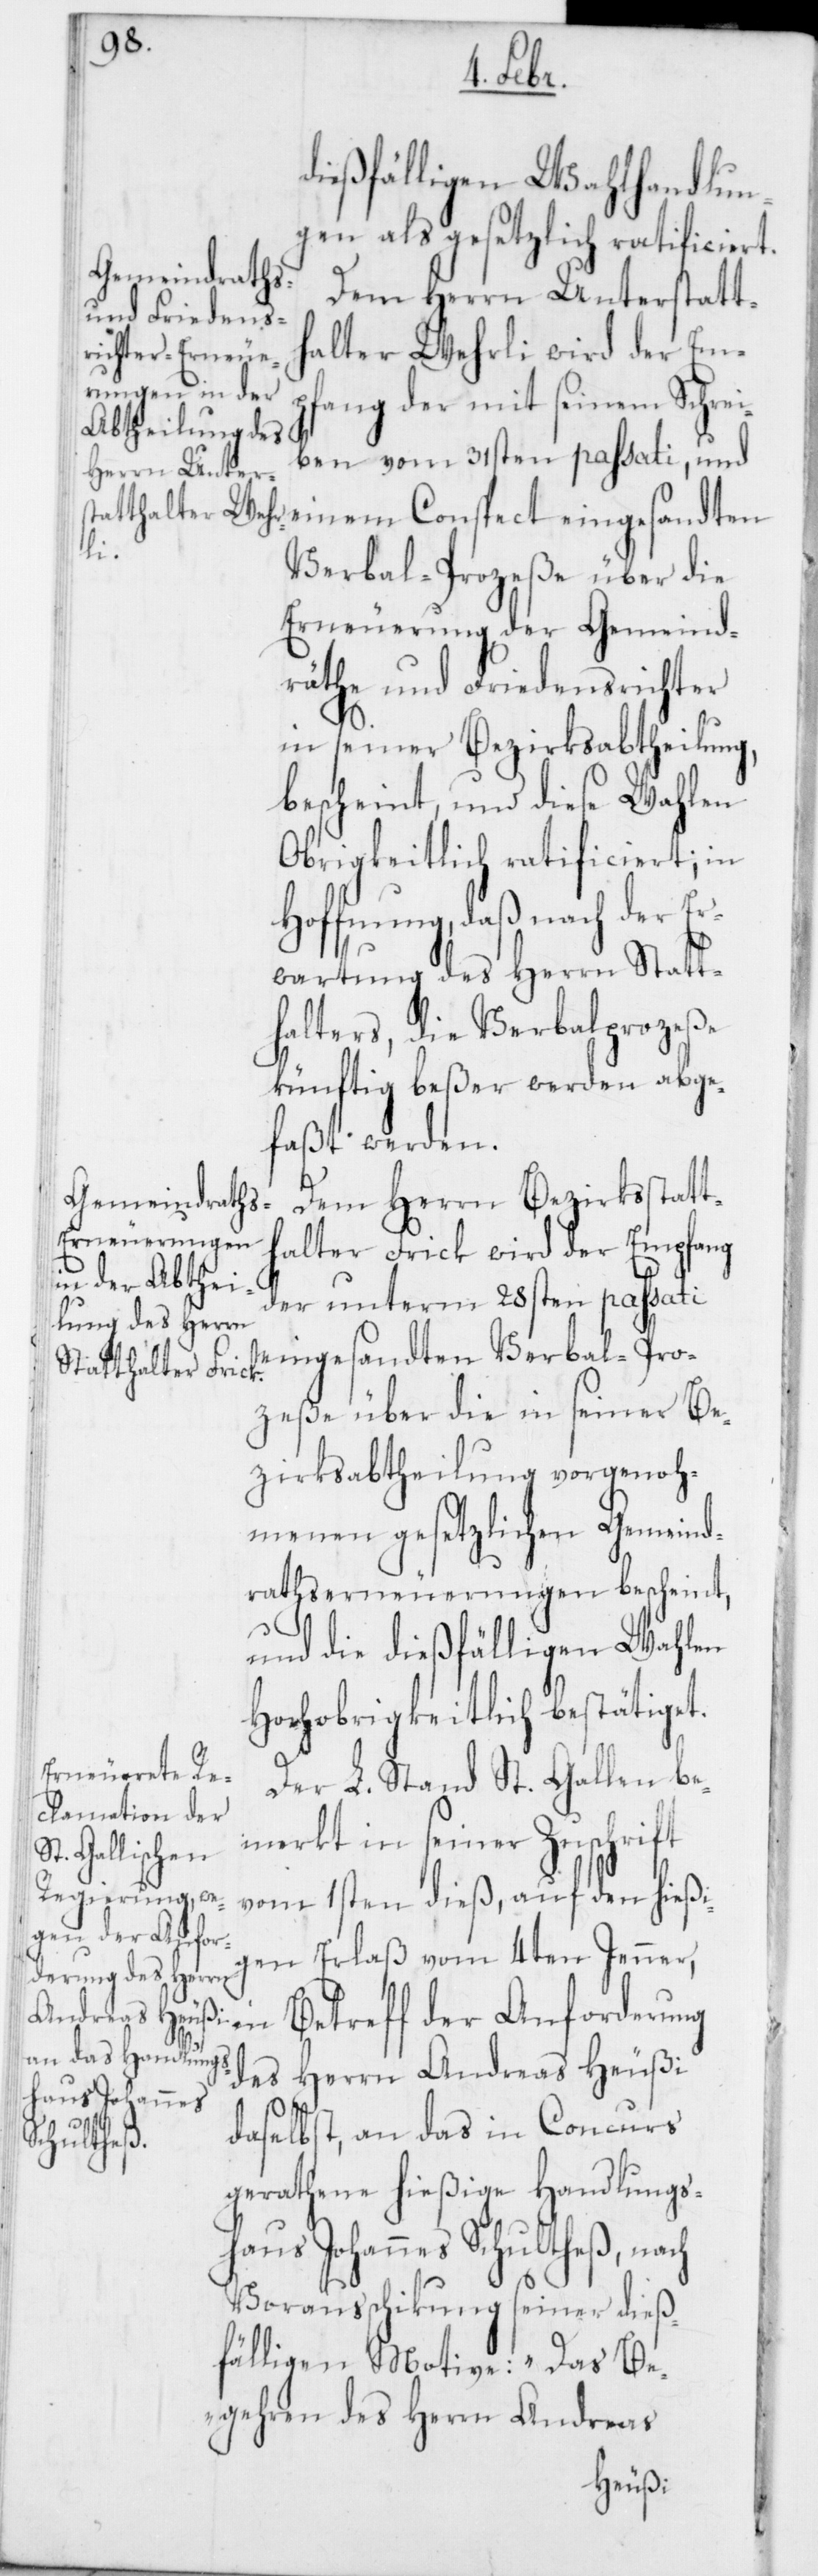
dießfälligen Wahlhandlun¬
gen als gesetzlich ratificiert.
Dem Herrn Unterstatth¬
alter Wehrli wird der Em¬
pfang der mit seinem Schrei¬
ben vom 31sten passati, und
einem Conspect eingesandten
Verbal-Prozeße über die
Erneuerung der Gemeind¬
räthe und Friedensrichter
in seiner Bezirksabtheilung,
bescheint, und diese Wahlen
Obrigkeitlich ratificiert, in
Hoffnung, daß nach der Er¬
wartung des Herrn Statt¬
halters, die Verbalprozeße
künftig beßer werden abge¬
faßt werden.
Dem Herrn Bezirksstatt¬
halter Frick wird der Empfang
der unterm 28sten passati
eingesandten Verbal-Pro¬
zeße über die in seiner Be¬
zirksabtheilung vorgenoh¬
menen gesetzlichen Gemeind¬
rathserneuerungen bescheint,
und die dießfälligen Wahlen
Hochobrigkeitlich bestätiget.
Der L. Stand St. Gallen be¬
merkt in seiner Zuschrift
vom 1sten dieß, auf den hießi¬
gen Erlaß vom 4ten Jenner,
in Betreff der Anforderung
des Herrn Andreas Heußi
daselbst, an das in Concurs
gerathene hießige Handlungs¬
haus Johannes Schultheß, nach
Vorausschikung seiner dieß¬
fälligen Motive: „Das Be¬
gehren des Herrn Andreas